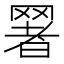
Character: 𦋧